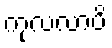
ကုလလာပိ